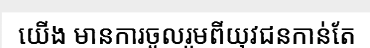
យើង មានការចូលរួមពីយុវជនកាន់តែ